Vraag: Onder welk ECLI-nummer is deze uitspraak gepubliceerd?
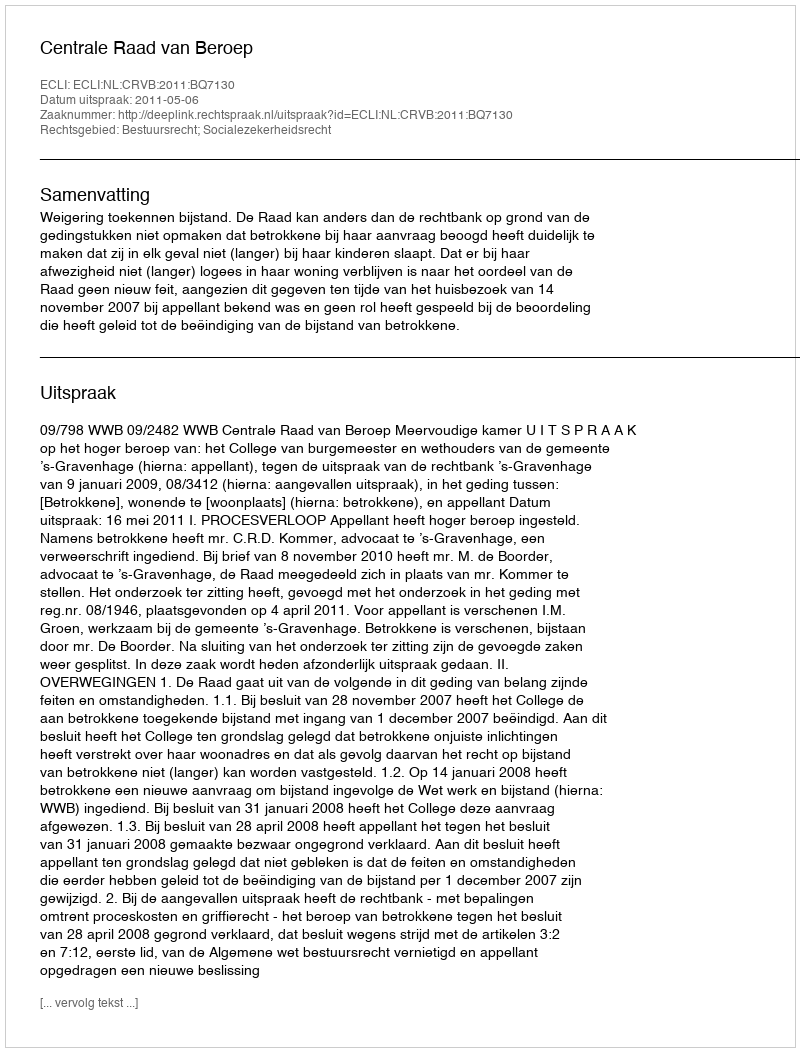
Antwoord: ECLI:NL:CRVB:2011:BQ7130